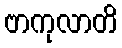
ဗာကုလာတိ